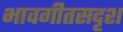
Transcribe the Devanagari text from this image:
भावगीतसदृश